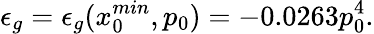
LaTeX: \epsilon_{g}=\epsilon_{g}(x_{0}^{min},p_{0})=-0.0263p_{0}^{4}.